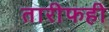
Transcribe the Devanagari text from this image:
तारीफही